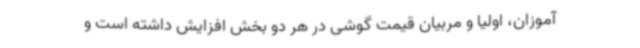
آموزان، اولیا و مربیان قیمت گوشی در هر دو بخش افزایش داشته است و